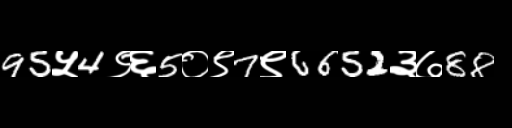
Text: 95५4९६5०९7९6652३७88